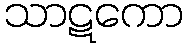
သာဋကော